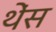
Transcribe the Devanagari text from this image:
थेंस